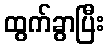
ထွက်ခွာပြီး